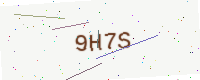
Text: 9H7S